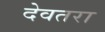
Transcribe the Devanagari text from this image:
देवतरा